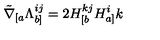
\tilde { \nabla } _ { [ a } \Lambda _ { b ] } ^ { i j } = 2 H _ { [ b } ^ { k j } H _ { a ] } ^ { i } { k }